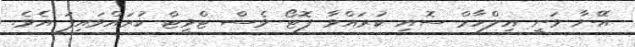
އޭނާ ވަނީ އިލްހާމް ސޮއި ކުރައްވާ ފޮޓޯ ވެސް ޓްވީޓް ކުރައްވައިފަ އެވެ.